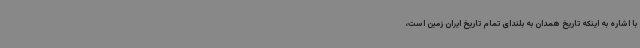
با اشاره به اینکه تاریخ همدان به بلندای تمام تاریخ ایران زمین است،